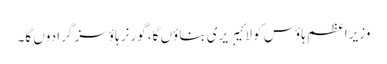
وزیراعظم ہاؤس کو لائیبریری بناؤں گا، گورنر ہاؤسز گرا دوں گا۔